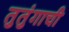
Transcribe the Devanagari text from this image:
तुतुंगाची